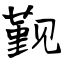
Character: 觐